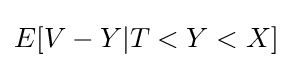
E[V-Y|T<Y<X]